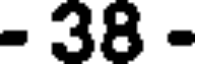
- 38 -